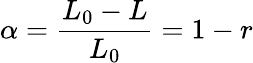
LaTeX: \alpha=\frac{L_{0}-L}{L_{0}}=1-r